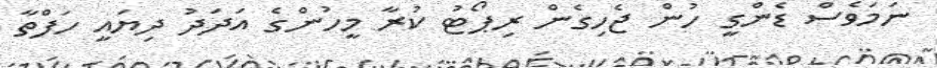
ނަމަވެސް ޑެންގީ ހުން ޖެހިގެން ރިޕޯޓު ކުރާ މީހުންގެ އަދަދު ދިޔައީ ހަފްތާ